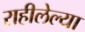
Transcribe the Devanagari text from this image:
राहीलेल्‍या